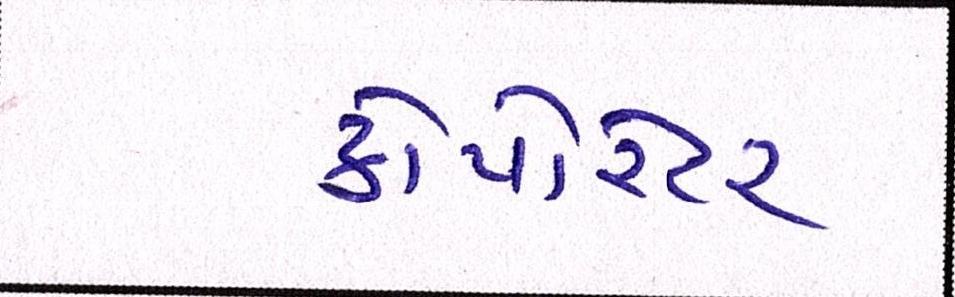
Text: કોર્પોરેટર